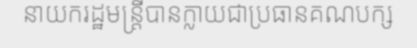
នាយករដ្ឋមន្ត្រីបានក្លាយជាប្រធានគណបក្ស